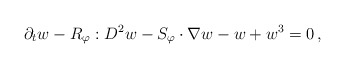
\begin{align*}\partial_{t}w-R_{\varphi}:D^{2}w-S_{\varphi}\cdot\nabla w-w+w^{3}=0\,,\end{align*}